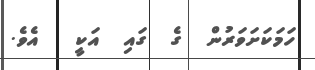
ހަމަކަށަވަރުން  ގެ  ގައި  އަކީ   އެވެ.